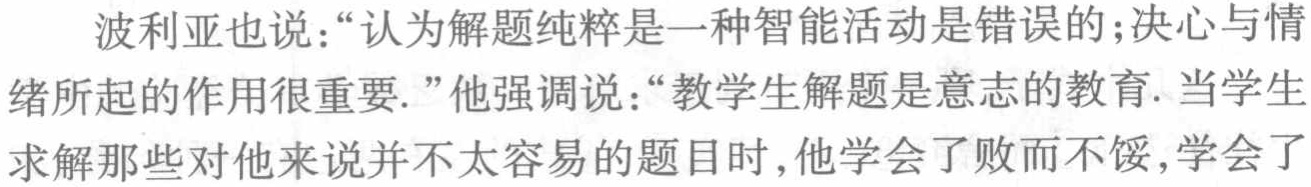
波利亞也說：“認為解題純粹是一種智能活動是錯誤的；決心與情緒所起的作用很重要.”他強調說：“教學生解題是意志的教育. 當學生求解那些對他來說並不太容易的題目時,他學會了敗而不餒,學會了